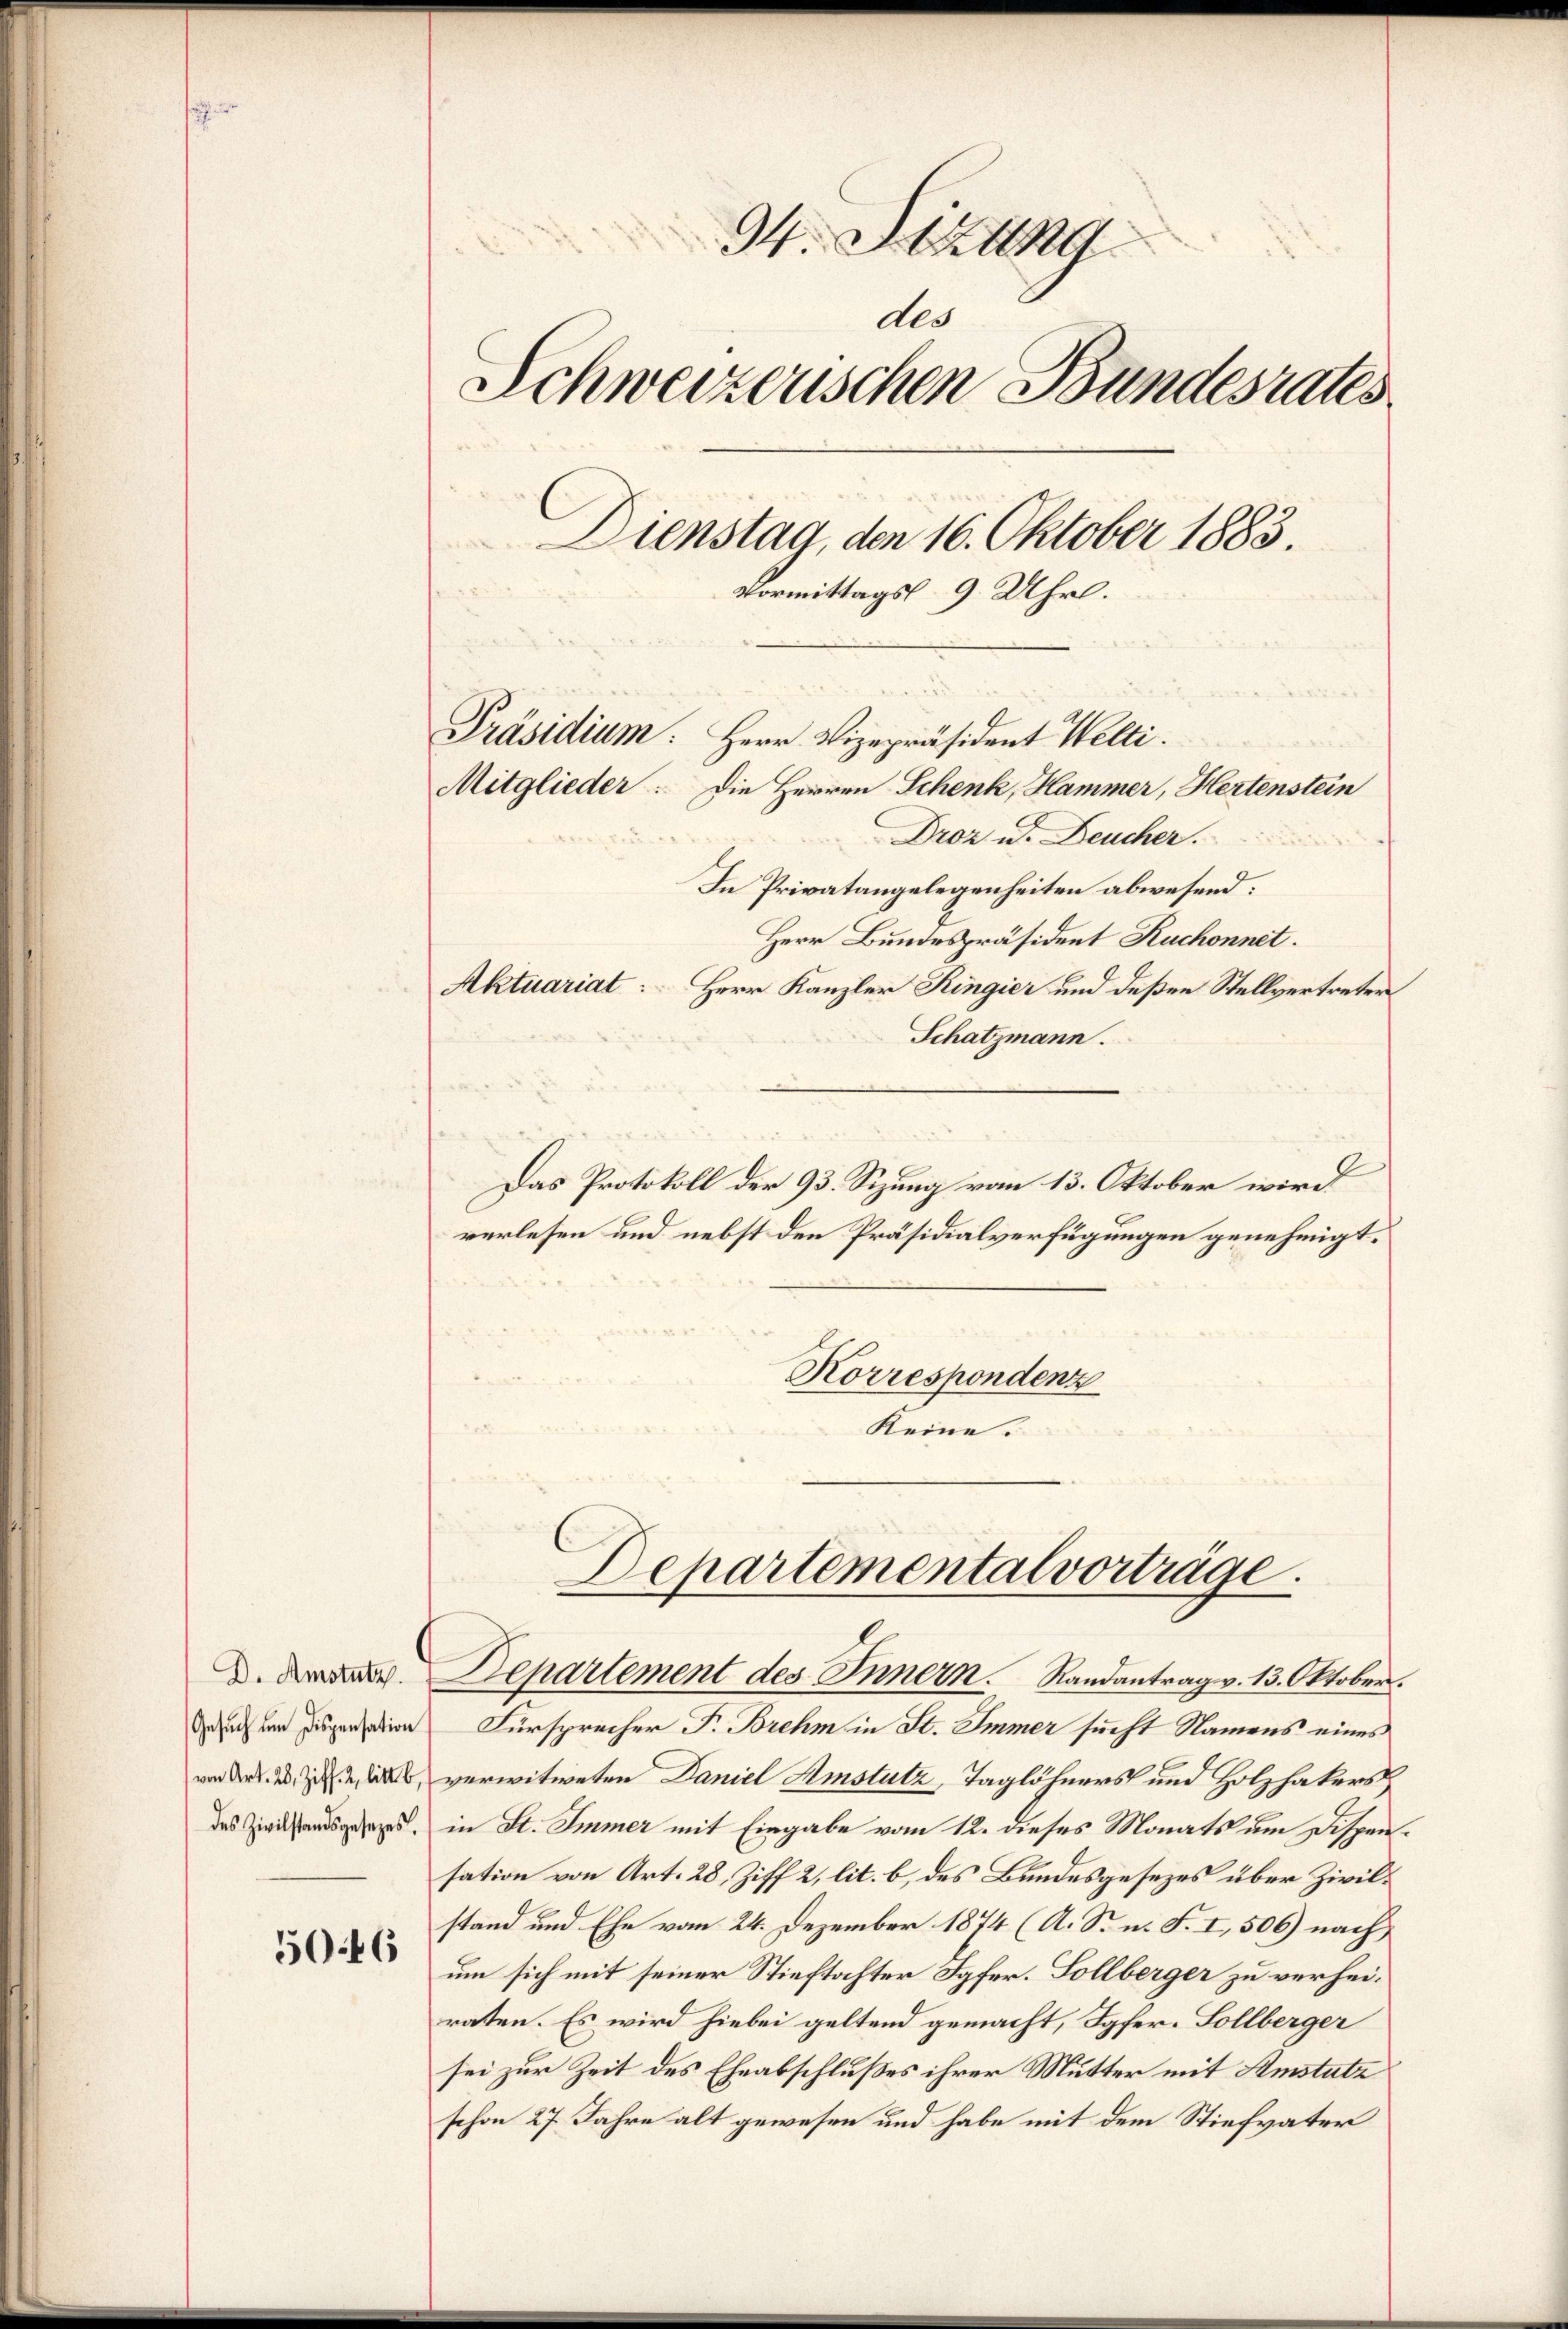
5046

34. Stattg
des
Schweizerischen Bundesrates
Dienstag, den 16. Oktober 1883.
Vormittags 9 Uhr.
Präsidium. Herr Vizepräsident Welti.
Mitglieder: Die Herren Schenk, Hammer, Hertenstein
Droz u. Deucher.
In Privatangelegenheiten abwesend:

Herr Bundespräsident Ruchonnet.
Aktuariat. Herr Kanzler Ringier und deßen Stellvertreter
Schatzmann.
Das Protokoll der 93. Sizung vom 13. Oktober wird
verlesen und nebst den Präsidialverfügungen genehmigt.
Korrespondenz
Keine.

Departemental vorträge.

D. der Departement des Innern. Randantrag v. 13. Oktober.
achen Dispensation Fürsprecher F. Brehm in St. Immer sucht Namens eines
von der des zu als verwitweten Daniel Amstutz, Taglöhners und Holzhakers
des das in St. Immer mit Eingabe vom 12. dieses Monats um Dispensation von Art. 28, Ziff 2, lit. b, des Bundesgesezes über Zivilstand und Ehe vom 24. Dezember 1874 (A. S. n. F. I, 506) nach
um sich mit seiner Stieftochter Jgfer. Sollberger zu verheiraten. Es wird hiebei geltend gemacht, Jgfer. Sollberger
sei zur Zeit des Eheabschlußes ihrer Mutter mit Amstutz
schon 27 Jahre alt gewesen und habe mit dem Stiefvater